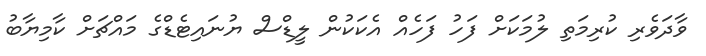
ވާދަވެރި ކުރިމަތި ލުމަކަށް ފަހު ފަހެއް އެކަކުން ލީޑްސް ޔުނައިޓެޑްގެ މައްޗަށް ކާމިޔާބު